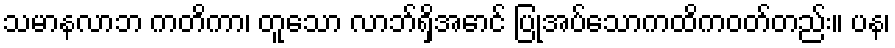
သမာနလာဘ ကတိကာ၊ တူသော လာဘ်ရှိအောင် ပြုအပ်သောကထိကဝတ်တည်း။ ပန၊